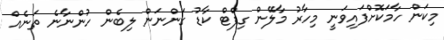
މިކަން ހާމަކޮށްފައިވަނީ މިހާރު މާލޭން ގިފްޓް ކާޑު ގަންނަން ލިބެން ހުންނާނެ ތަނެއް